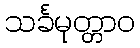
သင်္ခမုတ္တာဝ